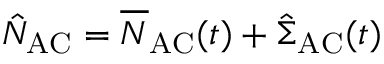
\hat { N } _ { \mathrm { A C } } = \overline { N } _ { \mathrm { A C } } ( t ) + \hat { \Sigma } _ { \mathrm { A C } } ( t )